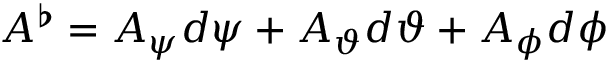
A ^ { \flat } = A _ { \psi } d \psi + A _ { \vartheta } d \vartheta + A _ { \phi } d \phi